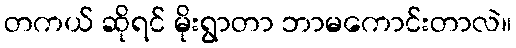
တကယ် ဆိုရင် မိုးရွာတာ ဘာမကောင်းတာလဲ။